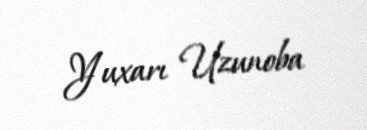
Yuxarı Uzunoba